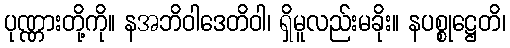
ပုဏ္ဏားတို့ကို။ နအဘိဝါဒေတိဝါ၊ ရှိမူလည်းမခိုး။ နပစ္စုဋ္ဌေတိ၊